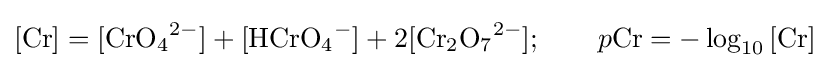
[{\ce {Cr}}]=[{\ce {CrO4^2-}}]+[{\ce {HCrO4^-}}]+2[{\ce {Cr2O7^2-}}];\qquad p{\ce {Cr}}=-\log _{10}{\ce {[Cr]}}